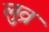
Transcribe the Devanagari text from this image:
लुव्र